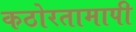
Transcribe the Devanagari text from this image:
कठोरतामापी